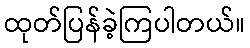
ထုတ်ပြန်ခဲ့ကြပါတယ်။